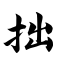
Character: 拙